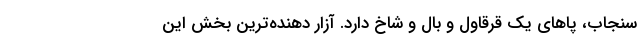
سنجاب، پا‌های یک قرقاول و بال و شاخ دارد. آزار دهنده‌ترین بخش این